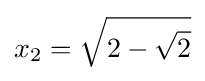
x_{2}={\sqrt {2-{\sqrt {2}}}}